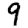
Digit: 9